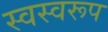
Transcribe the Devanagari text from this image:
स्वस्वरूप